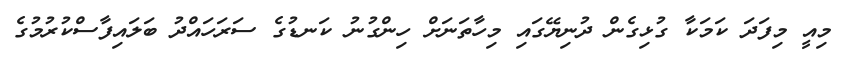
މިއީ މިފަދަ ކަމަކާ ގުޅިގެން ދުނިޔޭގައި މިހާތަނަށް ހިންގުނު ކަނޑުގެ ސަރަހައްދު ބަލައިފާސްކުރުމުގެ